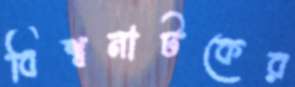
বিশ্বনাটকের